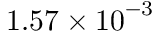
1 . 5 7 \times { { 1 0 } ^ { - 3 } }